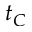
t _ { C }